Civil Veterinary Department Bihar reports 1940-50 - 1940-1950
Year: 1940
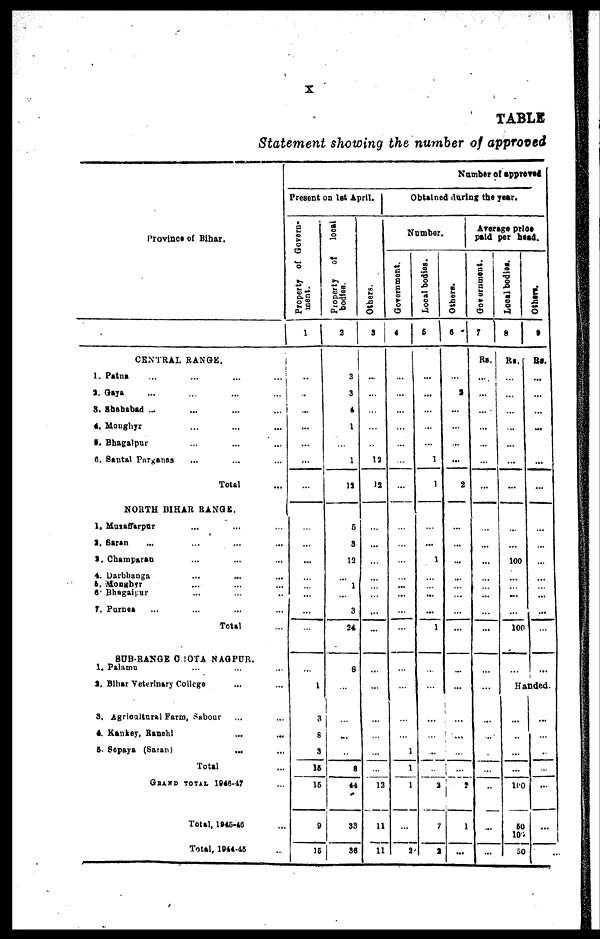
X
TABLE
Statement showing the number of approved
Province of Bihar.
CENTRAL RANGE.
1. Patna ... ... ... ...
2. Gaya ... ... ... ...
3. Shahabad ... ... ... ...
4. Monghyr ... ... ... ...
5. Bhagalpur ... ... ... ...
6. Santat Parganas ... ... ...
Total ...
NORTH BIHAR RANGE.
1. Muzaffarpur ... ... ...
2. Saran ... ... ... ...
3. Champaran ... ... ... ...
4. Darbhanga ... ... ... ...
5. Monkhr ... ... ... ...
6. Bhagaipur ... ... ... ...
7. Purnea ... ... ... ...
Total ...
SUB-RANGE C OTA NAG PUR.
1. Palamu ... ... ... ...
9. Bihar Veterinary College ... ...
3. .Agricultural Farm, Sabour ... ...
4. Kankey,
Ranchi
...
...
...
5. Sepaya (Saran)
...
...
Total ...
GRAND TOTAL 1946-47 ...
Total, 1945-46 ...
Total, 1844-45
Number of approved
Present on 1st April.
Property of Govern-
ment.
1
...
...
....
...
...
...
...
...
...
...
....
...
...
...
...
...
1
3
8
3
16
16
9
15
Property
of
local
bodies.
2
3
3
4
1
...
1
11
5
3
12
...
1
...
3
24
8
...
...
...
...
8
44
33
36
Ot her s .
3
...
...
...
...
...
12
12
...
...
...
...
...
...
...
...
...
...
...
...
...
...
12
11
11
Obtained during the year.
Number
Government.
4
...
...
...
...
...
...
...
...
...
...
...
...
...
...
...
...
...
...
...
1
1
1
...
3
Local bodies.
5
...
...
...
...
...
1
1
...
...
1
...
... ...
...
1
...
...
...
...
...
...
a
7
a
Others.
6
...
2
...
...
...
...
2
...
...
...
...
...
...
...
...
...
...
...
...
...
...
2
1
...
Average price
paid per head.
Government.
7
Rs.
...
...
...
...
...
...
...
...
...
...
...
...
...
...
...
...
...
...
...
...
...
...
...
...
Local bodies.
8
Rs.
...
...
...
...
...
...
...
...
...
100
...
...
...
...
100
...
Others.
9
Re.
...
...
...
...
...
...
...
...
...
...
...
...
...
...
...
...
Handed.
...
...
...
...
100
50
100
50
...
...
...
...
...
. . .
...